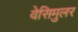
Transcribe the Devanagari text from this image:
वेसिमुलर